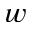
w